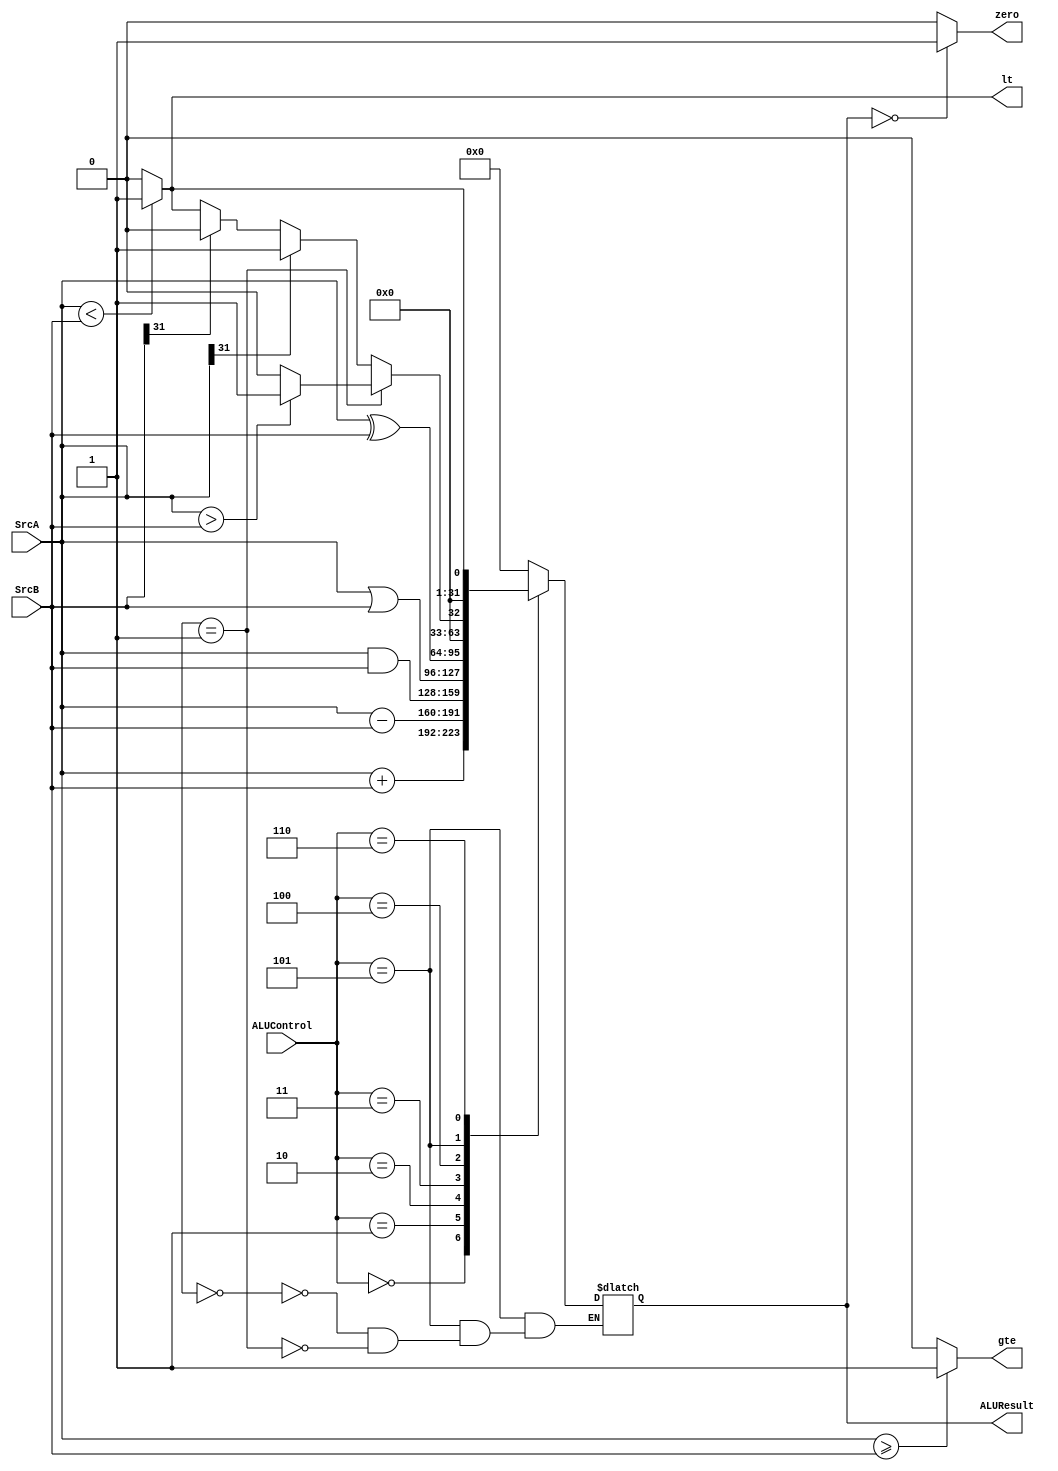
module ALU (SrcA, SrcB, ALUControl, ALUResult, zero, gte, lt);
    input [31:0] SrcA, SrcB;
    input [2:0] ALUControl;
    output reg [31:0] ALUResult;
    output  zero, gte, lt;
    wire [1:0] comp_mode;
    assign mode_choose= SrcA[31] & SrcB[31];
    always @(SrcA, SrcB, ALUControl) begin
        case (ALUControl)
            3'd0: ALUResult = SrcA+SrcB;
            3'd1: ALUResult = SrcA-SrcB;
            3'd2: ALUResult = SrcA & SrcB;
            3'd3: ALUResult = SrcA | SrcB;
            3'd4: ALUResult = SrcA ^ SrcB;
            3'd5:case (comp_mode)
                1'b0: ALUResult = (SrcA[31] == 1) ? 32'd1 :
				   (SrcB[31] == 1) ? 32'd0 :
				   (SrcA < SrcB) ? 32'd1 : 32'd0;
                1'b1: ALUResult = (SrcA > SrcB) ? 32'd1 : 32'd0; 
            endcase //slt
            3'd6: ALUResult= (SrcA < SrcB) ? 32'd1 : 32'd0; //sltu
            default: ALUResult=32'd0;
        endcase
    end
    assign zero = (ALUResult == 0)? 1'b1 :1'b0; 
    assign gte = (SrcA >= SrcB)? 1'b1 :1'b0;
    assign lt = (SrcA < SrcB)? 1'b1 :1'b0;

endmodule